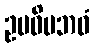
ဥပဓိပဘဝံ